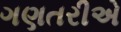
ગણતરીએ